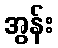
အွန်း